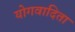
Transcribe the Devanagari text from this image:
योगवादिता